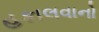
હકાલવાનો